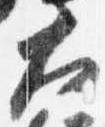
大